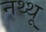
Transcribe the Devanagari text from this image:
नथ्थू